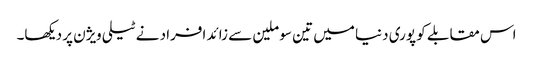
اس مقابلے کو پوری دنیا میں تین سو ملین سے زائد افراد نے ٹیلی ویژن پر دیکھا۔